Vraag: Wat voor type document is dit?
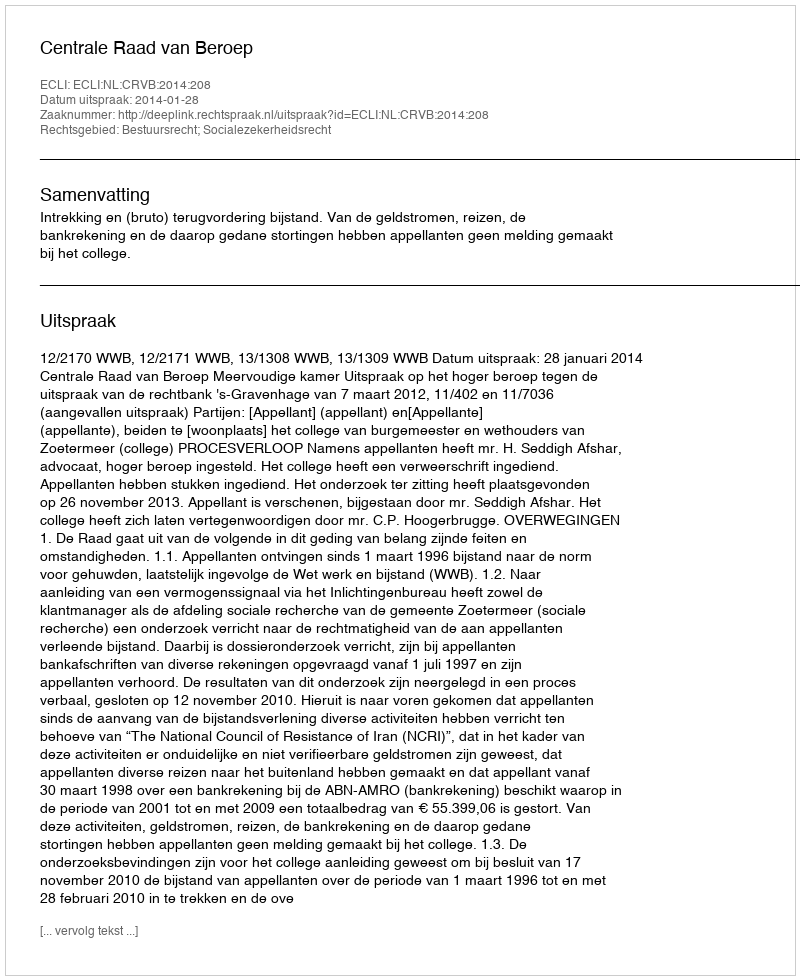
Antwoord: Uitspraak